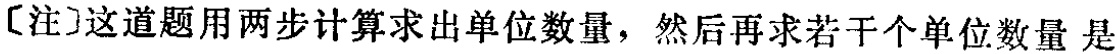
[注]这道题用两步计算求出单位数量，然后再求若干个单位数量是